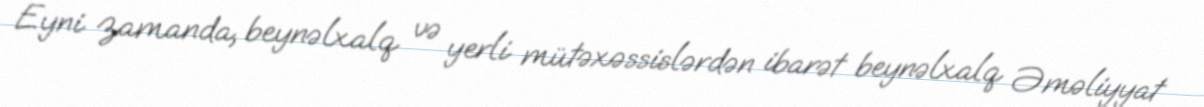
Eyni zamanda, beynəlxalq və yerli mütəxəssislərdən ibarət beynəlxalq Əməliyyat